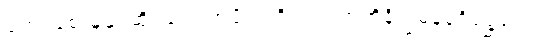
ကျော်စောမှုနှင့်ဆိုင်သောအပိုင်းကို၎င်း။ အဘိနိက္ခမနပရိစ္ဆေဒေါ၊